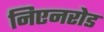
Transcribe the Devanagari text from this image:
निएनरोड